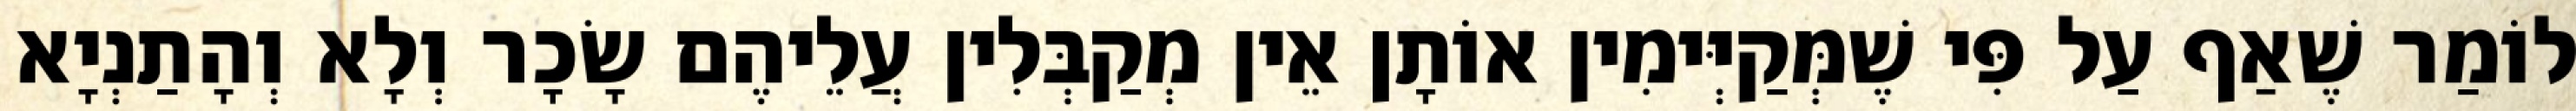
לוֹמַר שֶׁאַף עַל פִּי שֶׁמְּקַיְּימִין אוֹתָן אֵין מְקַבְּלִין עֲלֵיהֶם שָׂכָר וְלָא וְהָתַנְיָא